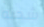
شحنه